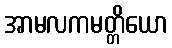
အာမလကမတ္တိယော